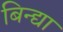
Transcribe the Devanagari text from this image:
बिन्द्या